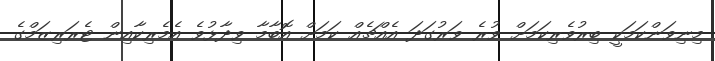
މިނިވަންކަމަކީ ބިރުވެރިކަމަށް ވުރެ ވަރުގަދަ އެއްޗެއް ކަމަށް އޮބާމާ ވިދާޅުވެ އެމެރިކާއިން ޓެރަރިޒަމްގެ